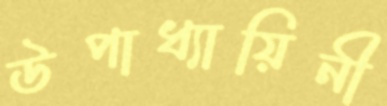
উপাধ্যায়িনী